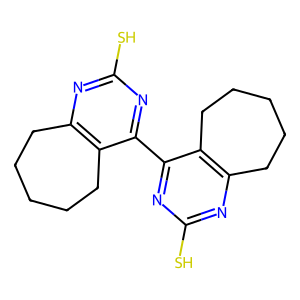
SMILES: Sc1nc2c(c(-c3nc(S)nc4c3CCCCC4)n1)CCCCC2
Inhibits HIV replication: Yes